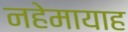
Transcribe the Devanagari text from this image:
नहेमायाह